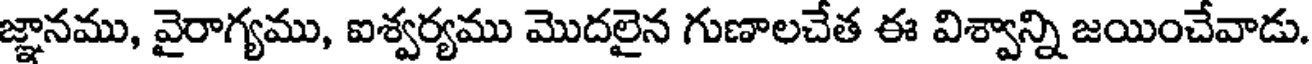
జ్ఞానము, వైరాగ్యము, ఐశ్వర్యము మొదలైన గుణాలచేత ఈ విశ్వాన్ని జయించేవాడు.